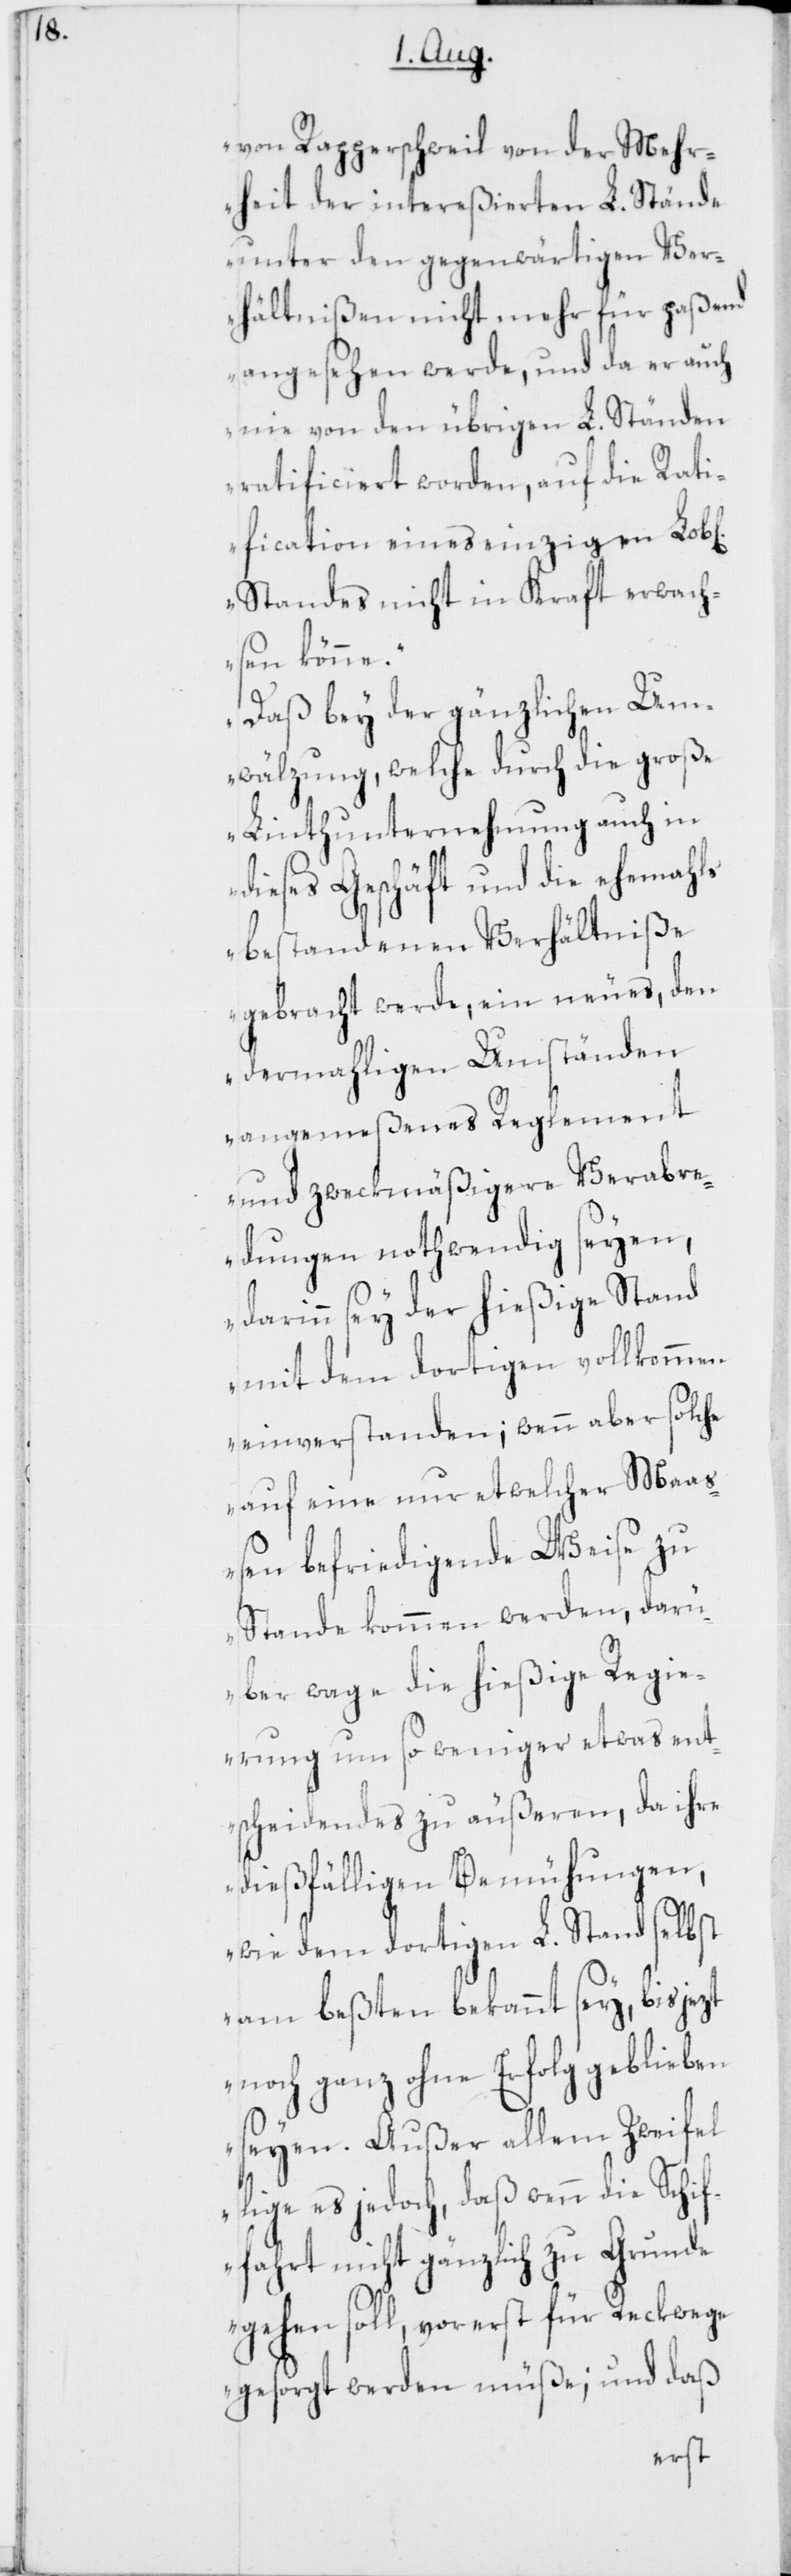
ichen]

von Rapperschweil von der Mehr¬
heit der intereßierten L. Stände
unter den gegenwärtigen Ver¬
hältnißen nicht mehr für paßend
angesehen werde, und da er auch
nie von den übrigen L. Ständen
ratificiert worden, auf die Rati¬
fication eines einzigen Lob[l¬
Standes nicht in Kraft erwach¬
sen könne.
Daß bey der gänzlichen Um¬
wälzung, welche durch die große
Linthunternehmung auch in
dieses Geschäft und die ehemahls
bestandenen Verhältniße
gebracht werde, ein neues, den
dermahligen Umständen
angemeßenes Reglement
und zweckmäßigere Verabre¬
dungen nothwendig seyen,
darinn sey der hießige Stand
mit dem dortigen vollkommen
einverstanden; wenn aber solche
auf eine nur etwelcher Maaß¬
en befriedigende Weise zu
Stande kommen werden, darü¬
ber wage die hießige Regie¬
rung um so weniger etwas ent¬
scheidendes zu äußeren, da ihre
dießfälligen Bemühungen,
wie dem dortigen L. Stand selbst
am beßten bekannt sey, bis jezt
noch ganz ohne Erfolg geblieben
seyen. Außer allem Zweifel
lige es jedoch, daß wenn die Schif¬
fahrt nicht gänzlich zu Grunde
gehen soll, vorerst für Reckwege
gesorgt werden müße; und daß